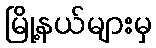
မြို့နယ်များမှ